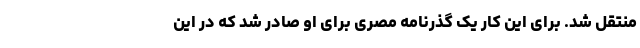
منتقل شد. برای این کار یک گذرنامه مصری برای او صادر شد که در این